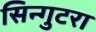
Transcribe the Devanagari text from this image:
सिन्गुटरा